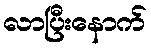
လာပြီးနောက်